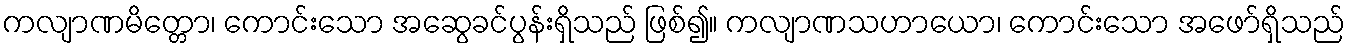
ကလျာဏမိတ္တော၊ ကောင်းသော အဆွေခင်ပွန်းရှိသည် ဖြစ်၍။ ကလျာဏသဟာယော၊ ကောင်းသော အဖော်ရှိသည်